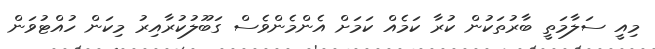
މިއީ ސަލާމަތީ ބާރުތަކުން ކުރާ ކަމެއް ކަމަށް އެންމެންވެސް ގަބޫލުކުރާއިރު މިކަން ހުއްޓުވަން